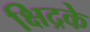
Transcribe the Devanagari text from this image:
क्षिद्रके